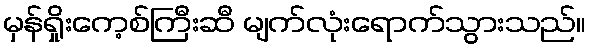
မှန်ရှိုးကေ့စ်ကြီးဆီ မျက်လုံးရောက်သွားသည်။